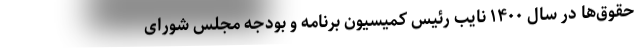
حقوق‌ها در سال ۱۴۰۰ نایب ‌رئیس کمیسیون برنامه و بودجه مجلس شورای